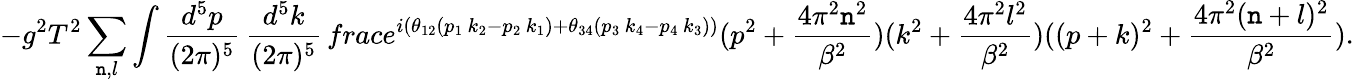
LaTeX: -g^{2}T^{2}\sum_{\mathtt{n},l}\int\frac{{d^{5}p}}{{(2\pi)^{5}}}\, \frac{{d^{5}k}}{{(2\pi)^{5}}}\, frac{e^{i(\theta_{12}(p_{1}\, k_{2}-p_{2}\, k_{1})+\theta_{34}(p_{3}\, k_{4}-p_{4}\, k_{3}))}}{(p^{2}+\frac{{4\pi^{2}\mathtt{n}^{2}}}{{\beta^{2}}})(k^{2}+\frac{{4\pi^{2}l^{2}}}{{\beta^{2}}})((p+k)^{2}+\frac{{4\pi^{2}(\mathtt{n}+l)^{2}}}{{\beta^{2}}})}.